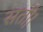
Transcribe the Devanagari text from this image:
सतीं।